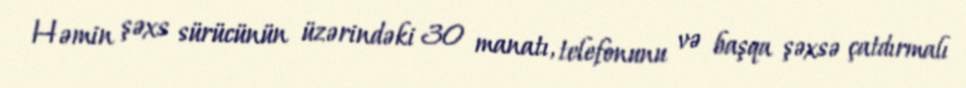
Həmin şəxs sürücünün üzərindəki 30 manatı, telefonunu və başqa şəxsə çatdırmalı